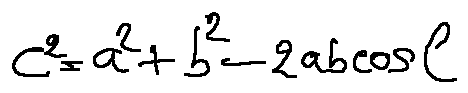
c ^ { 2 } = a ^ { 2 } + b ^ { 2 } - 2 a b \cos C